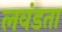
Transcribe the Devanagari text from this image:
लवंडता